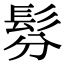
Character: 𩬉